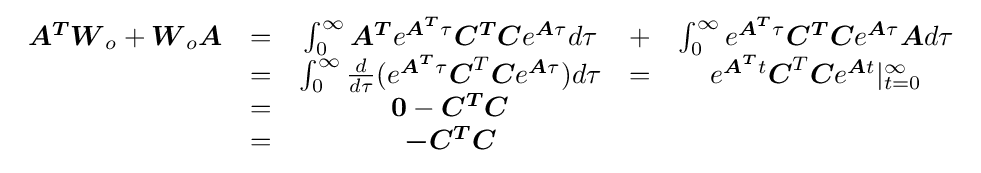
{\begin{array}{ccccc}{\boldsymbol {A^{T}}}{\boldsymbol {W}}_{o}+{\boldsymbol {W}}_{o}{\boldsymbol {A}}&=&\int _{0}^{\infty }{\boldsymbol {A^{T}}}e^{{\boldsymbol {A^{T}}}\tau }{\boldsymbol {C^{T}C}}e^{{\boldsymbol {A}}\tau }d\tau &+&\int _{0}^{\infty }e^{{\boldsymbol {A^{T}}}\tau }{\boldsymbol {C^{T}C}}e^{{\boldsymbol {A}}\tau }{\boldsymbol {A}}d\tau \\&=&\int _{0}^{\infty }{\frac {d}{d\tau }}(e^{{\boldsymbol {A^{T}}}\tau }{\boldsymbol {C}}^{T}{\boldsymbol {C}}e^{{\boldsymbol {A}}\tau })d\tau &=&e^{{\boldsymbol {A^{T}}}t}{\boldsymbol {C}}^{T}{\boldsymbol {C}}e^{{\boldsymbol {A}}t}|_{t=0}^{\infty }\\&=&{\boldsymbol {0}}-{\boldsymbol {C^{T}C}}\\&=&{\boldsymbol {-C^{T}C}}\end{array}}